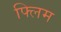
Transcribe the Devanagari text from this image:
फ्लिम